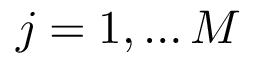
j = 1 , \dots M